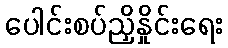
ပေါင်းစပ်ညှိနှိုင်းရေး